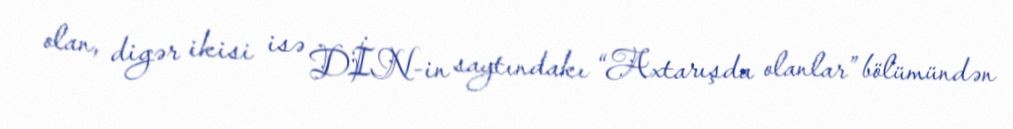
olan, digər ikisi isə DİN-in saytındakı “Axtarışda olanlar” bölümündən